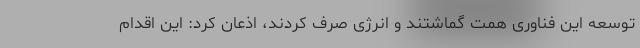
توسعه این فناوری همت گماشتند و انرژی صرف کردند، اذعان کرد: این اقدام